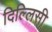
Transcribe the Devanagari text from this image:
दिल्लिसी